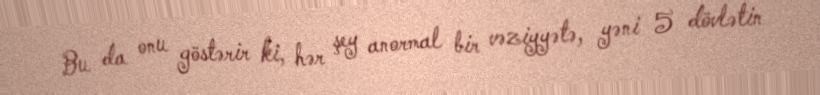
Bu da onu göstərir ki, hər şey anormal bir vəziyyətə, yəni 5 dövlətin